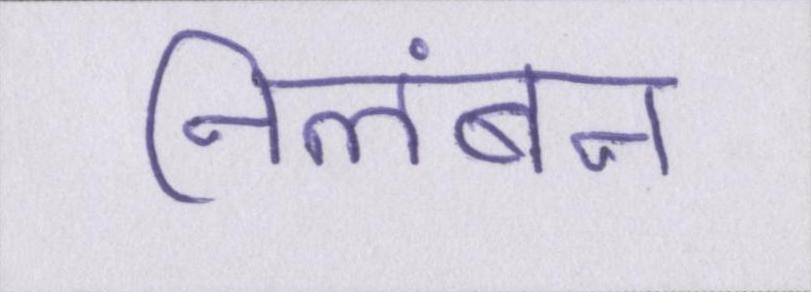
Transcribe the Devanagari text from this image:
निलंबन